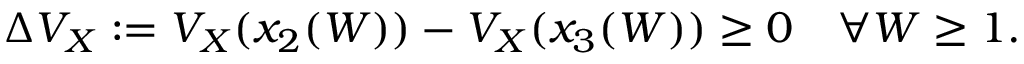
\Delta V _ { X } : = V _ { X } ( x _ { 2 } ( W ) ) - V _ { X } ( x _ { 3 } ( W ) ) \geq 0 \quad \forall W \geq 1 .